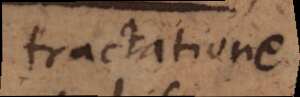
tractatione